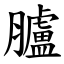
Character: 臚